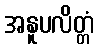
အနူပလိတ္တံ